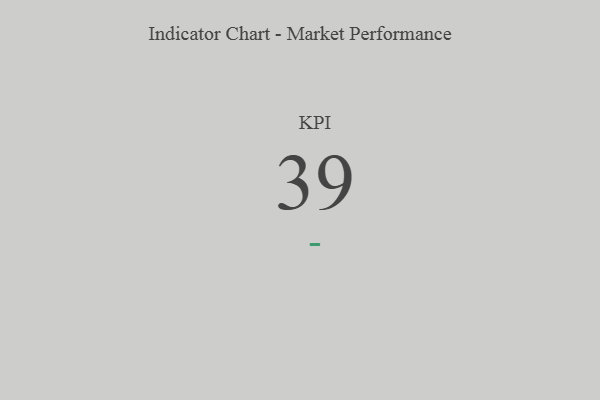
{"axis": {"x": "KPI", "y": "Value"}, "legend": [""], "data": [{"x": "KPI", "y": 39, "type": ""}]}